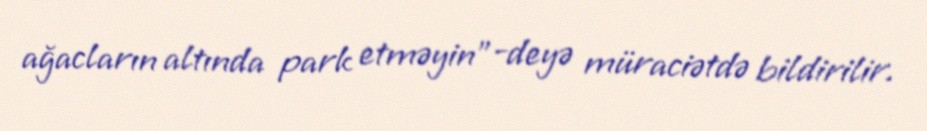
ağacların altında park etməyin"-deyə müraciətdə bildirilir.